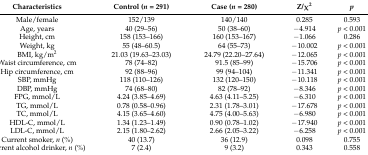
<table><thead><tr><td><b>Characteristics</b></td><td><b>Control (<i>n</i> = 291)</b></td><td><b>Case (<i>n</i> = 280)</b></td><td><b>Z/χ<sup>2</sup></b></td><td><b><i>p</i></b></td></tr></thead><tbody><tr><td>Male/female</td><td>152/139</td><td>140/140</td><td>0.285</td><td>0.593</td></tr><tr><td>Age, years</td><td>40 (29–56)</td><td>50 (38–60)</td><td>−4.914</td><td><i>p</i> &lt; 0.001</td></tr><tr><td>Height, cm</td><td>158 (153–166)</td><td>160 (153–167)</td><td>−1.066</td><td>0.286</td></tr><tr><td>Weight, kg</td><td>55 (48–60.5)</td><td>64 (55–73)</td><td>−10.002</td><td><i>p</i> &lt; 0.001</td></tr><tr><td>BMI, kg/m<sup>2</sup></td><td>21.03 (19.63–23.03)</td><td>24.79 (22.20–27.64)</td><td>−12.065</td><td><i>p</i> &lt; 0.001</td></tr><tr><td>Waist circumference, cm</td><td>78 (74–82)</td><td>91.5 (85–99)</td><td>−15.706</td><td><i>p</i> &lt; 0.001</td></tr><tr><td>Hip circumference, cm</td><td>92 (88–96)</td><td>99 (94–104)</td><td>−11.341</td><td><i>p</i> &lt; 0.001</td></tr><tr><td>SBP, mmHg</td><td>118 (110–126)</td><td>132 (120–150)</td><td>−10.118</td><td><i>p</i> &lt; 0.001</td></tr><tr><td>DBP, mmHg</td><td>74 (68–80)</td><td>82 (78–92)</td><td>−8.346</td><td><i>p</i> &lt; 0.001</td></tr><tr><td>FPG, mmol/L</td><td>4.24 (3.85–4.69)</td><td>4.63 (4.11–5.25)</td><td>−6.310</td><td><i>p</i> &lt; 0.001</td></tr><tr><td>TG, mmol/L</td><td>0.78 (0.58–0.96)</td><td>2.31 (1.78–3.01)</td><td>−17.678</td><td><i>p</i> &lt; 0.001</td></tr><tr><td>TC, mmol/L</td><td>4.15 (3.65–4.60)</td><td>4.75 (4.00–5.63)</td><td>−6.980</td><td><i>p</i> &lt; 0.001</td></tr><tr><td>HDL-C, mmol/L</td><td>1.34 (1.23–1.49)</td><td>0.90 (0.78–1.02)</td><td>−17.940</td><td><i>p</i> &lt; 0.001</td></tr><tr><td>LDL-C, mmol/L</td><td>2.15 (1.80–2.62)</td><td>2.66 (2.05–3.22)</td><td>−6.258</td><td><i>p</i> &lt; 0.001</td></tr><tr><td>Current smoker, <i>n</i> (%)</td><td>40 (13.7)</td><td>36 (12.9)</td><td>0.098</td><td>0.755</td></tr><tr><td>Current alcohol drinker, <i>n</i> (%)</td><td>7 (2.4)</td><td>9 (3.2)</td><td>0.343</td><td>0.558</td></tr></tbody></table>